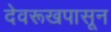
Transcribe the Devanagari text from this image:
देवरूखपासून